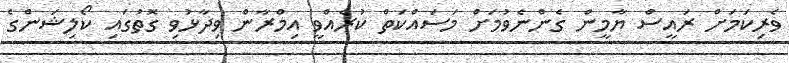
ވެރިކަމަށް ރައީސް ޔާމީން ގެންނެވުމަށް މަސައްކަތް ކުރެއްވީ އިމްރާން ވިދާޅުވި ގޮތުގައި ކޯލިޝަންގެ